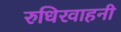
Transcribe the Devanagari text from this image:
रुधिरवाहनी